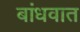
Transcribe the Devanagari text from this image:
बांधवात